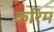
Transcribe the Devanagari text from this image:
करिम